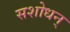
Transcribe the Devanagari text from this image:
सशोधन्